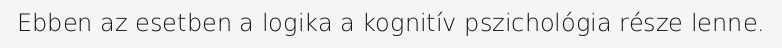
Ebben az esetben a logika a kognitív pszichológia része lenne.